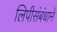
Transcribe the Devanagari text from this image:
लिपीसंबंधानें